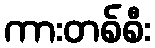
ကားတစ်စီး